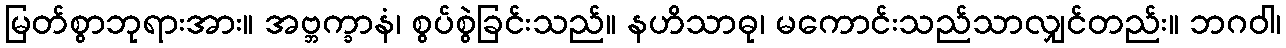
မြတ်စွာဘုရားအား။ အဗ္ဘက္ခာနံ၊ စွပ်စွဲခြင်းသည်။ နဟိသာဓု၊ မကောင်းသည်သာလျှင်တည်း။ ဘဂဝါ၊